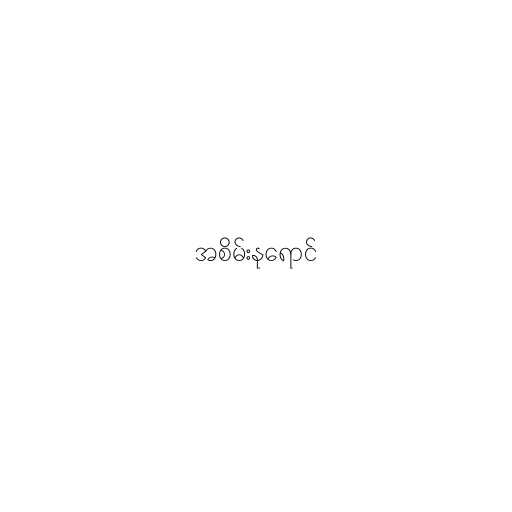
အစိမ်းနုရောင်